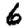
Digit: 6